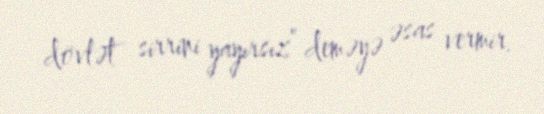
dövlət sirrini yayırsız” deməyə əsas vermir.